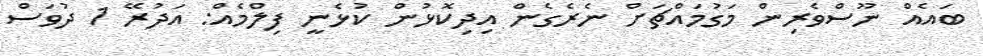
ބައެއް ނޫސްވެރިން މަގުމައްޗަށް ނެރެގެން އިދިކޮޅުން ކުޅެނީ ފިލްމެއް: އަދުރޭ 1 ދުވަސް